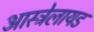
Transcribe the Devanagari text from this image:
आस्ट्रेलायड